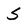
Character: 5